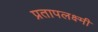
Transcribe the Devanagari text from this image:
प्रतापलक्ष्मी